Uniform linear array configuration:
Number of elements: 8
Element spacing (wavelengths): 0.5
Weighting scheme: hann
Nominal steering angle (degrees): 60
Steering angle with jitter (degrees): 61.025
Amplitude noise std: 0.05
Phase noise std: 0.05

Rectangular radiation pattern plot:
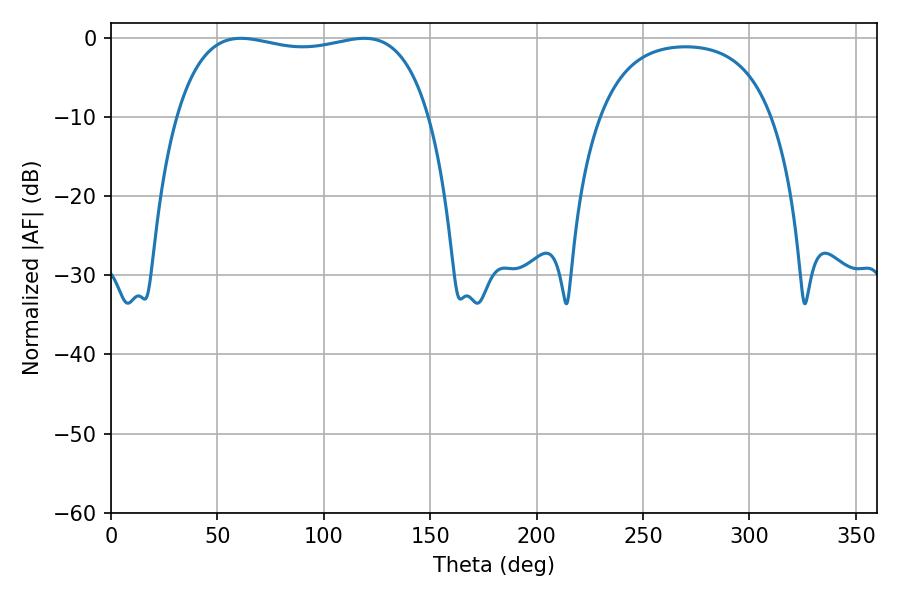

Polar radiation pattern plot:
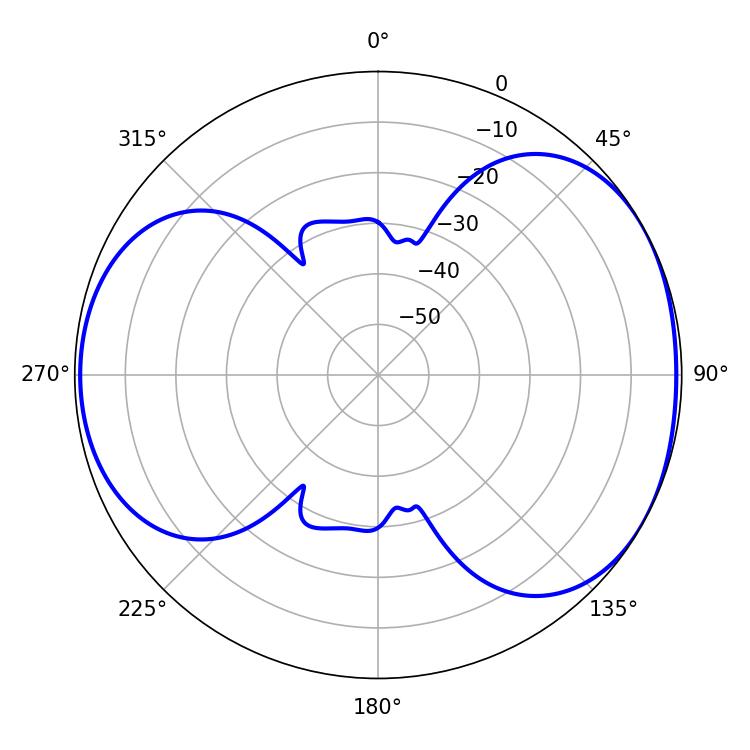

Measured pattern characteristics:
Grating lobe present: FALSE
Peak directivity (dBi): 4.86
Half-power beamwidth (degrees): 96.12
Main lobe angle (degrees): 61.02